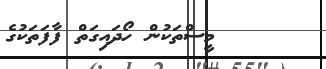
މީސްތަކުން ހޯދައިގަތް ފާފަތަކުގެ